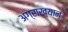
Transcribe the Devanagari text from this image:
अग्राख्यानं